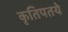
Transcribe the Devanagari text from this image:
कृतिपतये